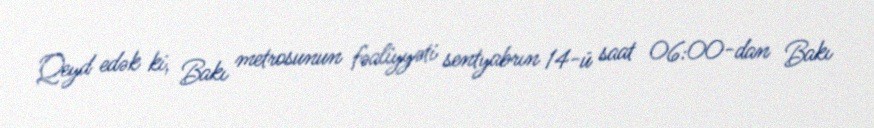
Qeyd edək ki, Bakı metrosunun fəaliyyəti sentyabrın 14-ü saat 06:00-dan Bakı